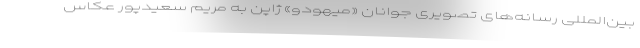
بین‌المللی رسانه‌های تصویری جوانان «میهودو» ژاپن به مریم سعیدپور عکاس